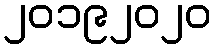
၂၀၁၉၂၀၂၀